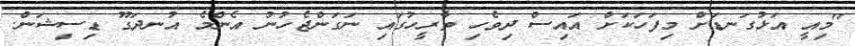
"މިއީ އަޅުގަނޑަށް މިފަހަކަށް އައިސް ދިވެހި ތާރީހުގައި ނަގަންޖެހުނު އެންމެ އުނދަގޫ ޑިސިޝަން.